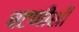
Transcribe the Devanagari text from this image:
चटणीशी